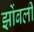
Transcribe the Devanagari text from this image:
झोंबली